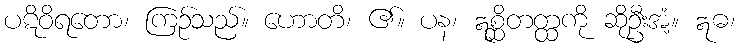
ပဋိဝိရတော၊ ကြဉ်သည်။ ဟောတိ၊ ၏။ ပန၊ ဣစ္ဆိတတ္ထကို ဆိုဦးအံ့။ ဣဓ၊